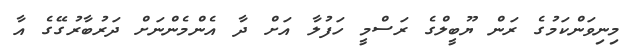
މިނިވަންކަމުގެ ރަން ޔޫބީލްގެ ރަސްމީ ހަފުލާ އަށް ދާ އެންމެންނަށް ދަރުބާރުގޭގެ އާ